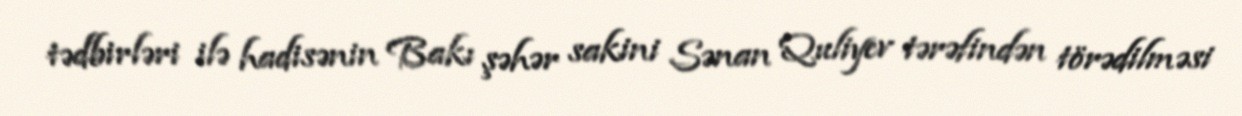
tədbirləri ilə hadisənin Bakı şəhər sakini Sənan Quliyev tərəfindən törədilməsi